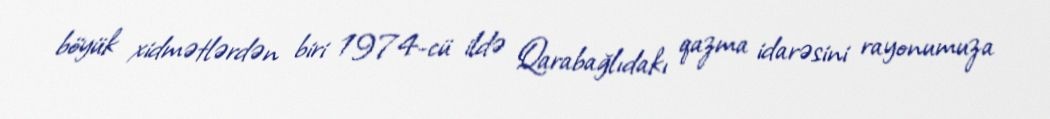
böyük xidmətlərdən biri 1974-cü ildə Qarabağlıdakı qazma idarəsini rayonumuza